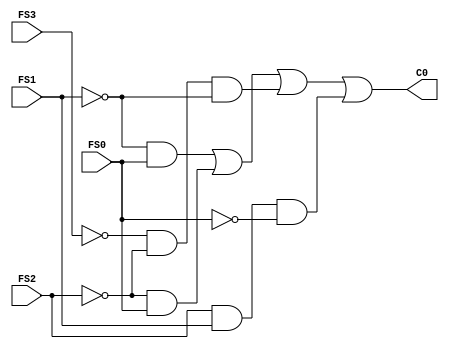
module Cin_logic(FS0, FS1, FS2, FS3, C0);

	input FS0, FS1, FS2, FS3;
	output C0;
	
	wire notFS1_and_FS0, notFS3_and_notFS2_and_notFS1, notFS2_and_FS0, notFS3_and_FS2_and_FS1_and_notFS0;
	wire notFS0, notFS1, notFS2, notFS3;
	
	not not1(notFS0, FS0);
	not not2(notFS1, FS1);
	not not3(notFS2, FS2);
	not not4(notFS3, FS3);
	
	and and1(notFS1_and_FS0, notFS1, FS0);
   and and2(notFS3_and_notFS2_and_notFS1, notFS3, notFS2, notFS1);
	and and3(notFS2_and_FS0, notFS2, FS0);
	and and4(notFS3_and_FS2_and_FS1_and_notFS0, FS2, FS1, notFS0);
	
	or or1(C0, notFS1_and_FS0, notFS2_and_FS0, notFS3_and_notFS2_and_notFS1, notFS3_and_FS2_and_FS1_and_notFS0);
	
endmodule